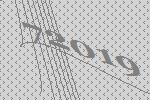
72019